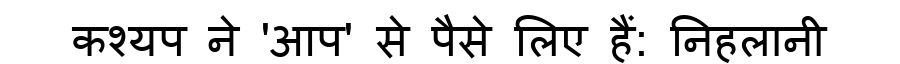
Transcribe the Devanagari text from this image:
कश्यप ने 'आप' से पैसे लिए हैं: निहलानी